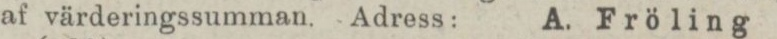
af värderingssumman. Adress:    A. Fröling